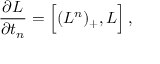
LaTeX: { \frac { \partial { L } } { \partial t _ { n } } } = \Big [ ( { L } ^ { n } ) _ { + } , { L } \Big ] \, ,